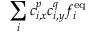
\sum _ { i } c _ { i , x } ^ { p } c _ { i , y } ^ { q } f _ { i } ^ { \mathrm { e q } }